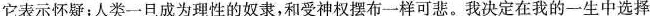
它表示怀疑；人类一旦成为理性的奴隶，和受神权摆布一样可悲。我决定在我的一生中选择